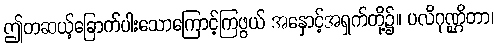
ဤတဆယ့်ခြောက်ပါးသောကြောင့်ကြဖွယ် အနှောင့်အရှက်တို့၌။ ပလိဂုဏ္ဌိတာ၊